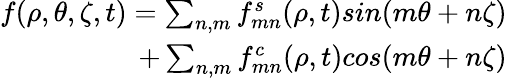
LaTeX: \begin{array}{r}{f(\rho,\theta,\zeta,t)=\sum_{n,m}f_{mn}^{s}(\rho,t)sin(m\theta+n\zeta)}\\ {+\sum_{n,m}f_{mn}^{c}(\rho,t)cos(m\theta+n\zeta)}\end{array}